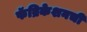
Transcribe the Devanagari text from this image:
फॅब्रिकेशनची